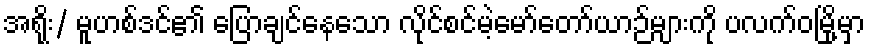
အရိုး/ မူဟစ်ဒင်၏ ပြောချင်နေသော လိုင်စင်မဲ့မော်တော်ယာဉ်များကို ပလက်ဝမြို့မှာ